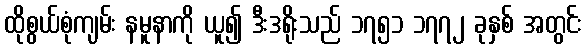
ထိုစွယ်စုံကျမ်း နမူနာကို ယူ၍ ဒီးဒရိုးသည် ၁၇၅၁ ၁၇၇၂ ခုနှစ် အတွင်း